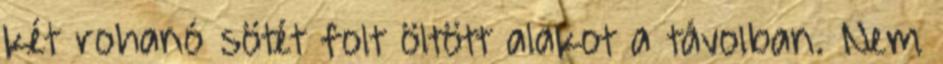
két rohanó sötét folt öltött alakot a távolban. Nem